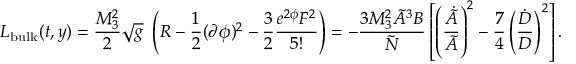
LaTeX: { \cal L } _ { \mathrm { b u l k } } ( t , y ) = { \frac { M _ { 3 } ^ { 2 } } { 2 } } \sqrt g \ \left( R - \frac { 1 } { 2 } ( \partial \phi ) ^ { 2 } - { \frac { 3 } { 2 } } \frac { e ^ { 2 \phi } { \cal F } ^ { 2 } } { 5 ! } \right) = - { \frac { 3 M _ { 3 } ^ { 2 } \tilde { A } ^ { 3 } B } { \tilde { N } } } \left[ \left( { \frac { \dot { \tilde { A } } } { \tilde { A } } } \right) ^ { 2 } - { \frac { 7 } { 4 } } \left( { \frac { \dot { D } } { D } } \right) ^ { 2 } \right] .